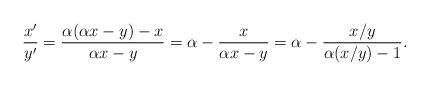
LaTeX: \begin{align*}\frac{x'}{y'} = \frac{\alpha(\alpha x - y) - x}{\alpha x - y} = \alpha - \frac{x}{\alpha x - y} = \alpha - \frac{x/y}{\alpha(x/y) - 1}.\end{align*}